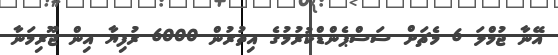
އޭނާ ޖުމްލަ 6 މެޗަށް ސަސްޕެންޑްކުރުމުގެ އިތުރުން 6000 ރުފިޔާ އިން ޖޫރިމަނާ